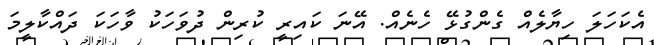
އެކަހަލަ ހިޔާލެއް ގެންގުޅޭ ހެނެއް. އޭނަ ކައިރީ ކުރިން ދުވަހަކު ވާހަކަ ދައްކާލީމަ